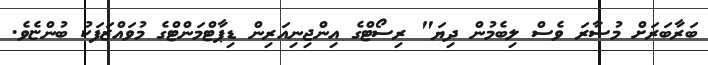
ބަރާބަރަށް މުސާރަ ވެސް ލިބެމުން ދިޔަ" ރިސޯޓްގެ އިންޖިނިއަރިން ޑިޕާޓްމަންޓްގެ މުވައްޒަފަކު ބުންޏެވެ.